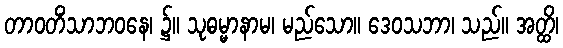
တာဝတိံသာဘဝနေ၊ ၌။ သုဓမ္မာနာမ၊ မည်သော။ ဒေဝသဘာ၊ သည်။ အတ္ထိ၊